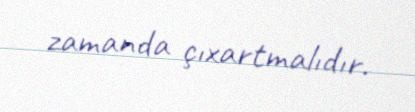
zamanda çıxartmalıdır.